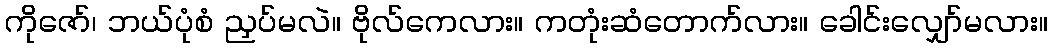
ကိုဇော်၊ ဘယ်ပုံစံ ညှပ်မလဲ။ ဗိုလ်ကေလား။ ကတုံးဆံတောက်လား။ ခေါင်းလျှော်မလား။